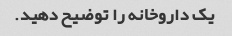
یک داروخانه را توضیح دهید.